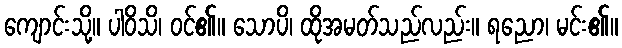
ကျောင်းသို့။ ပါဝိသိ၊ ဝင်၏။ သောပိ၊ ထိုအမတ်သည်လည်း။ ရညော၊ မင်း၏။